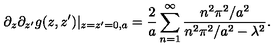
\partial _ { z } \partial _ { z ^ { \prime } } g ( z , z ^ { \prime } ) | _ { z = z ^ { \prime } = 0 , a } = { \frac { 2 } { a } } \sum _ { n = 1 } ^ { \infty } { \frac { n ^ { 2 } \pi ^ { 2 } / a ^ { 2 } } { n ^ { 2 } \pi ^ { 2 } / a ^ { 2 } - \lambda ^ { 2 } } } .